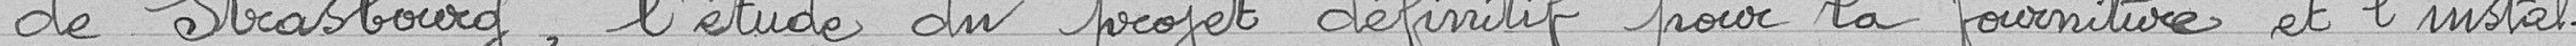
de Strasbourg, l'étude du projet définitif pour la fourniture et l'instal-